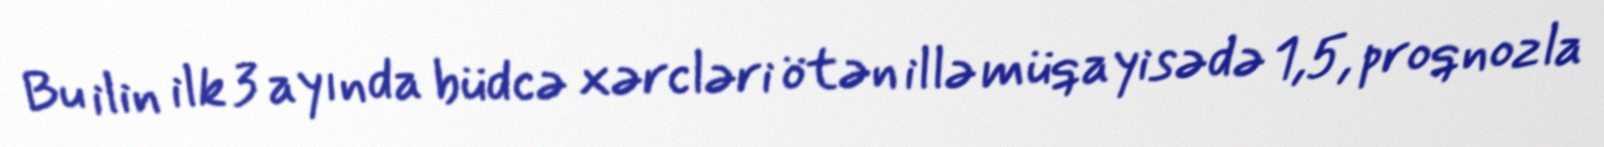
Bu ilin ilk 3 ayında büdcə xərcləri ötən illə müqayisədə 1,5, proqnozla